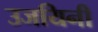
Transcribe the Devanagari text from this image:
उजयिनी